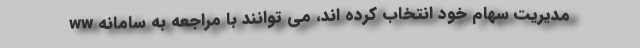
مدیریت سهام خود انتخاب کرده اند، می توانند با مراجعه به سامانه ww